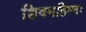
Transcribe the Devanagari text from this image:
शिवमहिम्नः